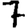
Digit: 7